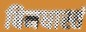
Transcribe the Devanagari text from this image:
बिनधास्तं